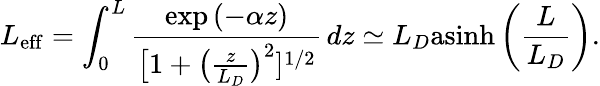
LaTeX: L_{\mathrm{eff}}=\int_{0}^{L}\frac{\exp{(-\alpha z)}}{\big[1+\big(\frac{z}{L_{D}}\big)^{2}]^{1/2}}\, dz\simeq L_{D}\mathrm{asinh}\left(\frac{L}{L_{D}}\right).